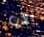
الآن